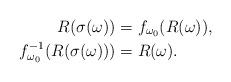
LaTeX: \begin{align*}R(\sigma(\omega)) &= f_{\omega_0}(R(\omega)), \\f_{\omega_0}^{-1}(R(\sigma(\omega))) &= R(\omega).\end{align*}